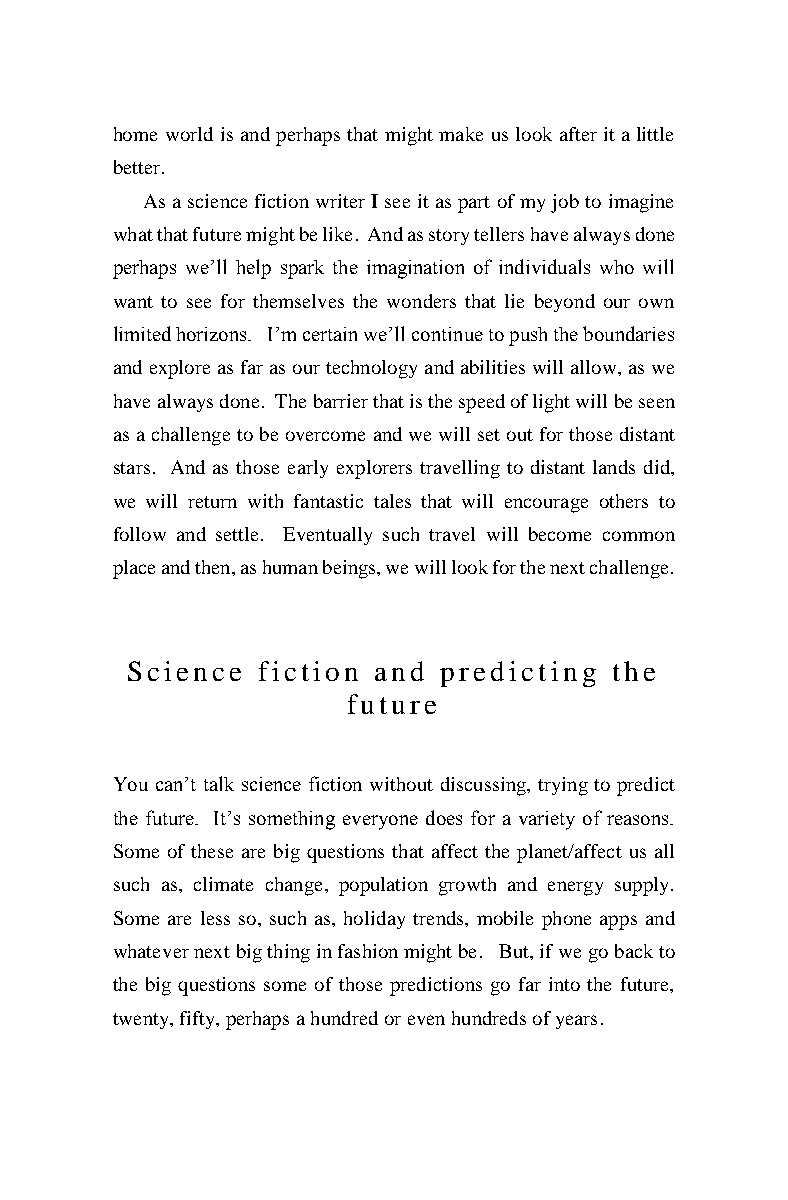
home world is and perhaps that might make us look after it a little
 better.
 As a science fiction writer I see it as part of my job to imagine
 what that future might be like. And as story tellers have always done
 perhaps we’ll help spark the imagination of individuals who will
 want to see for themselves the wonders that lie beyond our own
 limited horizons. I’m certain we’ll continue to push the boundaries
 and explore as far as our technology and abilities will allow, as we
 have always done. The barrier that is the speed of light will be seen
 as a challenge to be overcome and we will set out for those distant
 stars. And as those early explorers travelling to distant lands did,
 we will return with fantastic tales that will encourage others to
 follow and settle. Eventually such travel will become common
 place and then, as human beings, we will look for the next challenge.
 Science  fiction and predicting the
 future
 You can’t talk science fiction without discussing, trying to predict
 the future. It’s something everyone does for a variety of reasons.
 Some of these are big questions that affect the planet/affect us all
 such as, climate change, population growth and energy supply.
 Some are less so, such as, holiday trends, mobile phone apps and
 whatever next big thing in fashion might be. But, if we go back to
 the big questions some of those predictions go far into the future,
 twenty, fifty, perhaps a hundred or even hundreds of years.